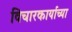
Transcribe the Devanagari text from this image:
विचारकार्याच्या